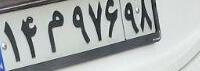
۱۴م۹۷۶۹۸